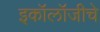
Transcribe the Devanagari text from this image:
इकॉलॉजीचे